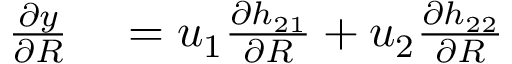
\begin{array} { r l } { \frac { \partial y } { \partial R } } & { { } = u _ { 1 } \frac { \partial h _ { 2 1 } } { \partial R } + u _ { 2 } \frac { \partial h _ { 2 2 } } { \partial R } } \end{array}